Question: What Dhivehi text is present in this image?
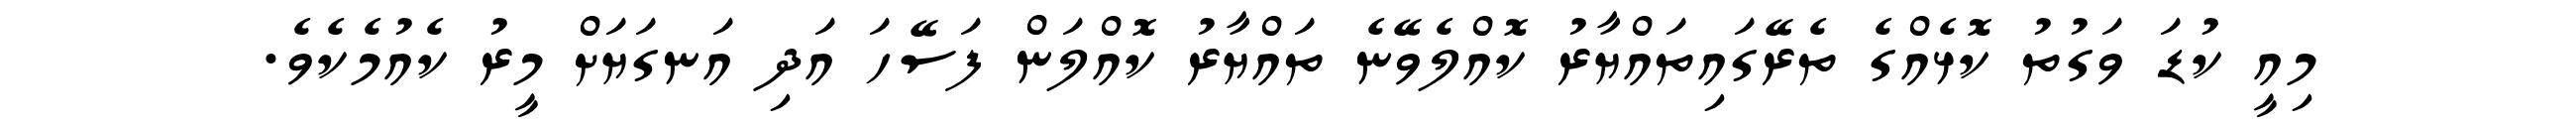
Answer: މިއީ ކުޑަ ވަގުތު ކޮޅެއްގެ ތެރޭގައިތައްޔާރު ކޮއްލެވޭނެ ތައްޔާރު ކޮއްލަން ފަސޭހަ އަދި އަނގަޔަށް މީރު ކެއުމެކެވެ.